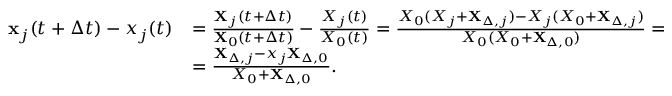
\begin{array} { r l } { \mathbf { x } _ { j } ( t + \Delta t ) - x _ { j } ( t ) } & { = \frac { \mathbf { X } _ { j } ( t + \Delta t ) } { \mathbf { X } _ { 0 } ( t + \Delta t ) } - \frac { X _ { j } ( t ) } { X _ { 0 } ( t ) } = \frac { X _ { 0 } ( X _ { j } + \mathbf { X } _ { \Delta , j } ) - X _ { j } ( X _ { 0 } + \mathbf { X } _ { \Delta , j } ) } { X _ { 0 } ( X _ { 0 } + \mathbf { X } _ { \Delta , 0 } ) } = } \\ & { = \frac { \mathbf { X } _ { \Delta , j } - x _ { j } \mathbf { X } _ { \Delta , 0 } } { X _ { 0 } + \mathbf { X } _ { \Delta , 0 } } . } \end{array}